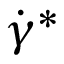
\boldsymbol { \Dot { \gamma } ^ { * } }